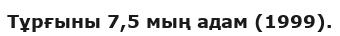
Тұрғыны 7,5 мың адам (1999).